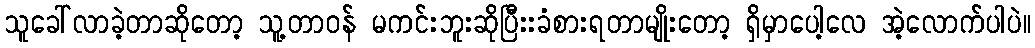
သူခေါ်လာခဲ့တာဆိုတော့ သူ့တာဝန် မကင်းဘူးဆိုပြီးးခံစားရတာမျိုးတော့ ရှိမှာပေါ့လေ အဲ့လောက်ပါပဲ။